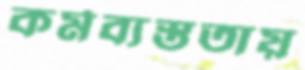
কর্মব্যস্ততায়